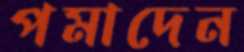
পমাদেন